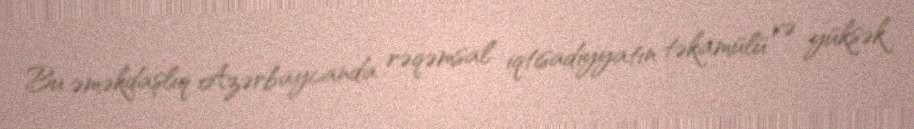
Bu əməkdaşlıq Azərbaycanda rəqəmsal iqtisadiyyatın təkamülü və yüksək